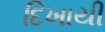
દિખાયી